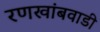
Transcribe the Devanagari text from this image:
रणखांबवाडी